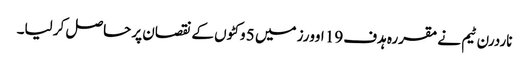
ناردرن ٹیم نے مقررہ ہدف 19 اوورز میں 5 وکٹوں کے نقصان پر حاصل کر لیا۔